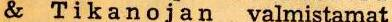
& Tikanojan  valmistamat